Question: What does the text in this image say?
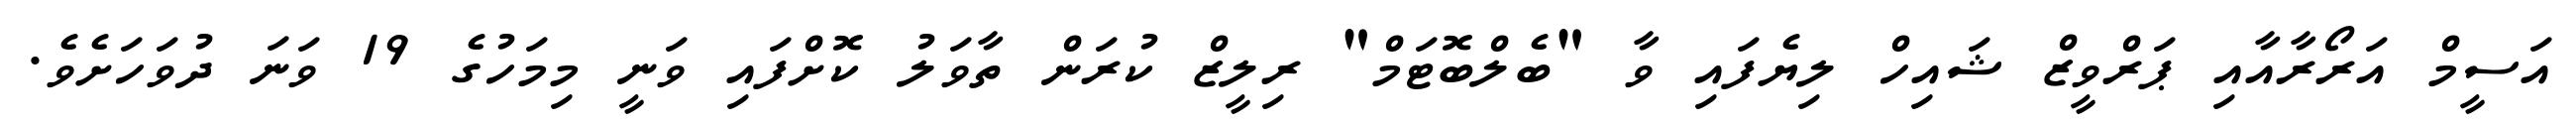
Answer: އަސީމް އަރޯރާއާއި ޕަރްވީޒް ޝައިހް ލިޔެފައި ވާ "ބެލްބޮޓަމް" ރިލީޒް ކުރަން ތާވަލު ކޮށްފައި ވަނީ މިމަހުގެ 19 ވަނަ ދުވަހަށެވެ.